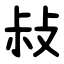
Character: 敊